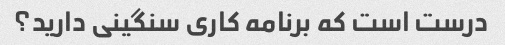
درست است که برنامه کاری سنگینی دارید؟